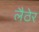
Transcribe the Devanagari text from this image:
लैठेर